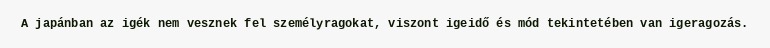
A japánban az igék nem vesznek fel személyragokat, viszont igeidő és mód tekintetében van igeragozás.